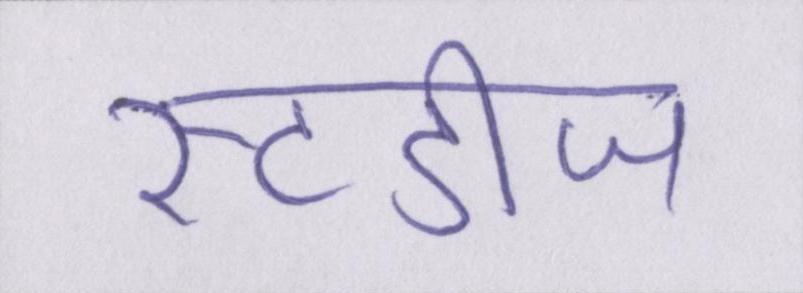
स्टडीज